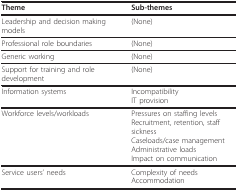
<table><thead><tr><td><b>Theme</b></td><td><b>Sub-themes</b></td></tr></thead><tbody><tr><td>Leadership and decision making models</td><td>(None)</td></tr><tr><td>Professional role boundaries</td><td>(None)</td></tr><tr><td>Generic working</td><td>(None)</td></tr><tr><td>Support for training and role development</td><td>(None)</td></tr><tr><td>Information systems</td><td>IncompatibilityIT provision</td></tr><tr><td>Workforce levels/workloads</td><td>Pressures on staffing levelsRecruitment, retention, staff sicknessCaseloads/case managementAdministrative loadsImpact on communication</td></tr><tr><td>Service users&#x27; needs</td><td>Complexity of needsAccommodation</td></tr></tbody></table>